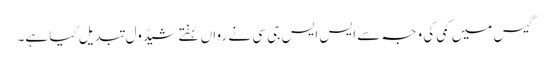
گیس میں کمی کی وجہ سے ایس ایس جی سی نے رواں ہفتے شیڈول تبدیل کیا ہے۔